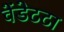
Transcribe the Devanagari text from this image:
वेंडेटटा